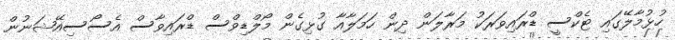
ހުޅުމާލޭގައި ޓެކްސީ ޑްރައިވަރަކު މަރާލަން ދިން ހަމަލާއާ ގުޅިގެން މޯލްޑިވްސް ޑްރައިވާސް އެސޯސިއޭޝަނުން